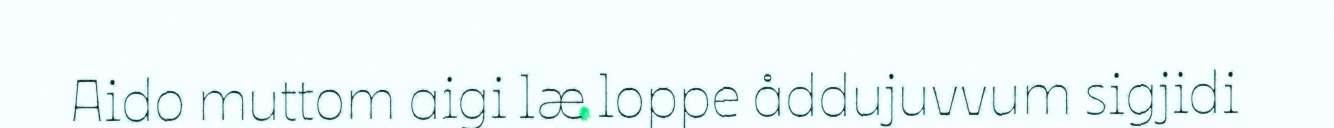
Aido muttom aigi læ loppe åddujuvvum sigjidi